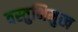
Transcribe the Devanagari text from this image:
वस्तुभिमुख